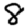
Digit: 8